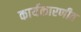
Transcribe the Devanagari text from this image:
कार्यकारणीत